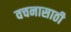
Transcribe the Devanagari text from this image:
वचनासाठी